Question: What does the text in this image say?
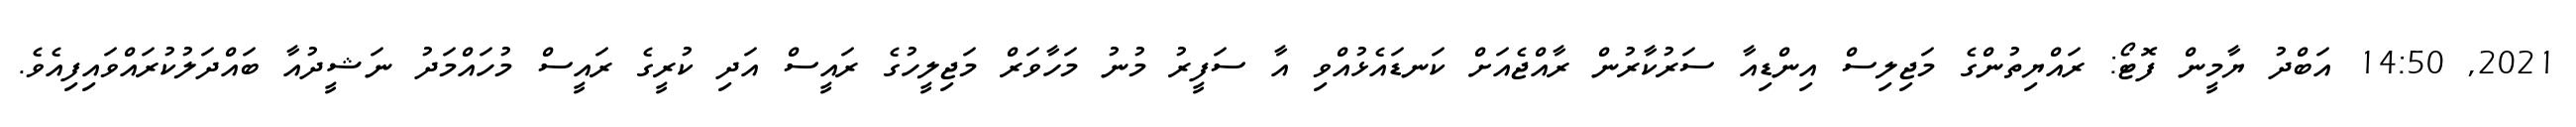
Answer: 2021, 14:50 އަބްދު ޔާމީން ފޮޓޯ: ރައްޔިތުންގެ މަޖިލިސް އިންޑިއާ ސަރުކާރުން ރާއްޖެއަށް ކަނޑައެޅުއްވި އާ ސަފީރު މުނު މަހާވަރް މަޖިލީހުގެ ރައީސް އަދި ކުރީގެ ރައީސް މުހައްމަދު ނަޝީދުއާ ބައްދަލުކުރައްވައިފިއެވެ.